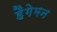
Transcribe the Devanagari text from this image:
हैगेमन